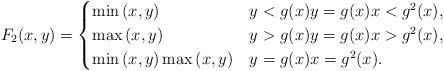
LaTeX: \begin{align*} F_2(x,y)=\begin{cases} \min{(x, y)} & y< g(x) y=g(x) x<g^2(x), \\ \max{(x,y)} & y>g(x) y=g(x) x>g^2(x), \\ \min{(x, y)} \max{(x,y)} & y=g(x) x=g^2(x). \end{cases} \end{align*}